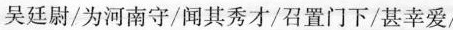
吴廷尉/为河南守/闻其秀才/召置门下/甚幸爱/